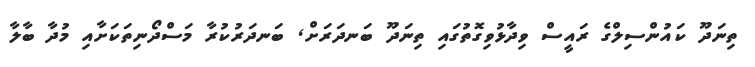
ތިނަދޫ ކައުންސިލްގެ ރައީސް ވިދާޅުވިގޮތުގައި ތިނަދޫ ބަނދަރަށް